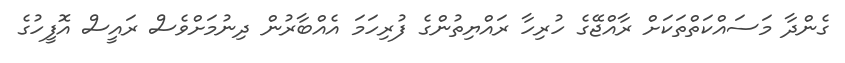
ގެންދާ މަސައްކަތްތަކަށް ރާއްޖޭގެ ހުރިހާ ރައްޔިތުންގެ ފުރިހަމަ އެއްބާރުން ދިނުމަށްވެސް ރައީސް އޮފީހުގެ